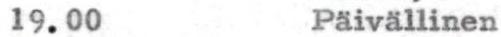
19.00 Päivällinen